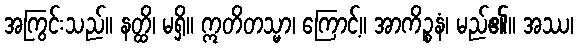
အကြွင်းသည်။ နတ္ထိ၊ မရှိ။ ဣတိတသ္မာ၊ ကြောင့်။ အာကိဉ္စနံ၊ မည်၏။ အဿ၊